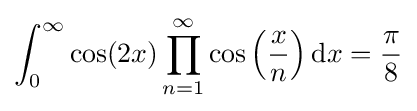
\int _{0}^{\infty }\cos(2x)\prod _{n=1}^{\infty }\cos \left({\frac {x}{n}}\right)\mathrm {d} x={\frac {\pi }{8}}